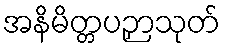
အနိမိတ္တပဉှာသုတ်